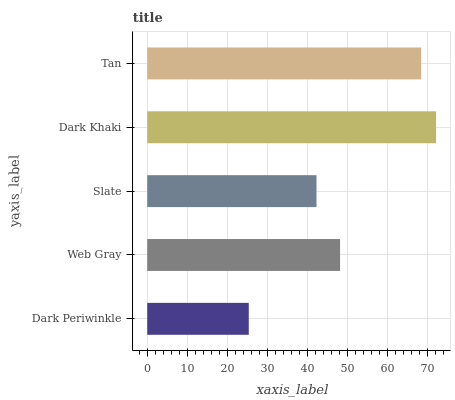
| yaxis_label | bars |
 | --- | --- |
 | Dark Periwinkle | 25.4 |
 | Web Gray | 48.2 |
 | Slate | 42.3 |
 | Dark Khaki | 72.2 |
 | Tan | 68.5 |